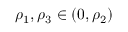
\rho _ { 1 } , \rho _ { 3 } \in ( 0 , \rho _ { 2 } )